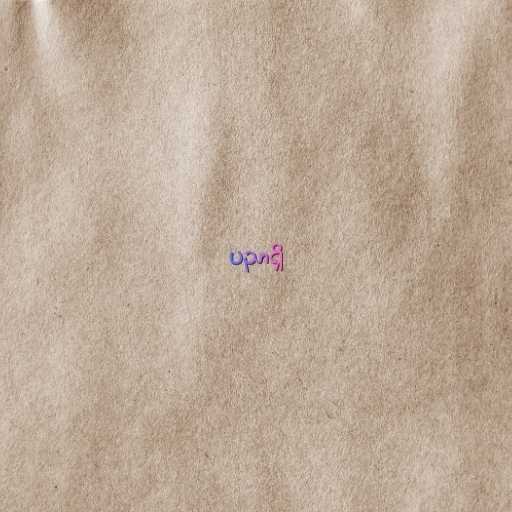
ပညာရှိ